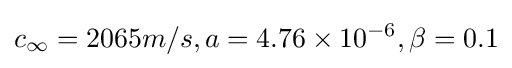
c_{\infty }=2065m/s,a=4.76\times 10^{-6},\beta =0.1